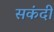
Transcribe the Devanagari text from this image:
सकंदी